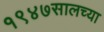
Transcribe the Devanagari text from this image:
१९४७सालच्या